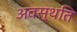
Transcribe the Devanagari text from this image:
अवस्थति